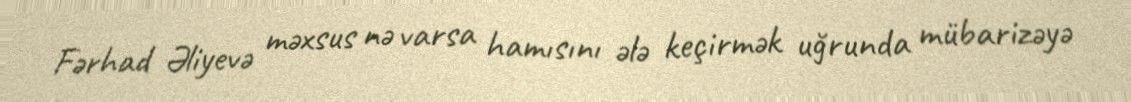
Fərhad Əliyevə məxsus nə varsa hamısını ələ keçirmək uğrunda mübarizəyə